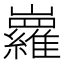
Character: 𡿏